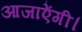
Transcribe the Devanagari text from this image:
आजाऐंगी।